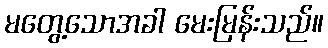
မတွေ့သောအခါ မေးမြန်းသည်။